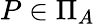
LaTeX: P\in\Pi_{A}